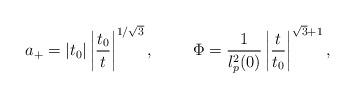
LaTeX: \begin{align*}a_+ = |t_0| \left|\frac{t_0}{t}\right|^{1/\sqrt{3}}, ~~~~~~~\Phi = \frac{1}{l^2_{p}(0)} \left|\frac{t}{t_0}\right|^{\sqrt{3}+1},\end{align*}